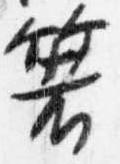
箸